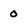
Character: 0